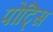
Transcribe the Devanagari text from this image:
पोट्सि